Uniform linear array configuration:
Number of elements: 12
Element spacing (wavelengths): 1
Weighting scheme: blackman
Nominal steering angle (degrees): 60
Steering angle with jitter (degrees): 61.899
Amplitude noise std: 0.05
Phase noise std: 0.05

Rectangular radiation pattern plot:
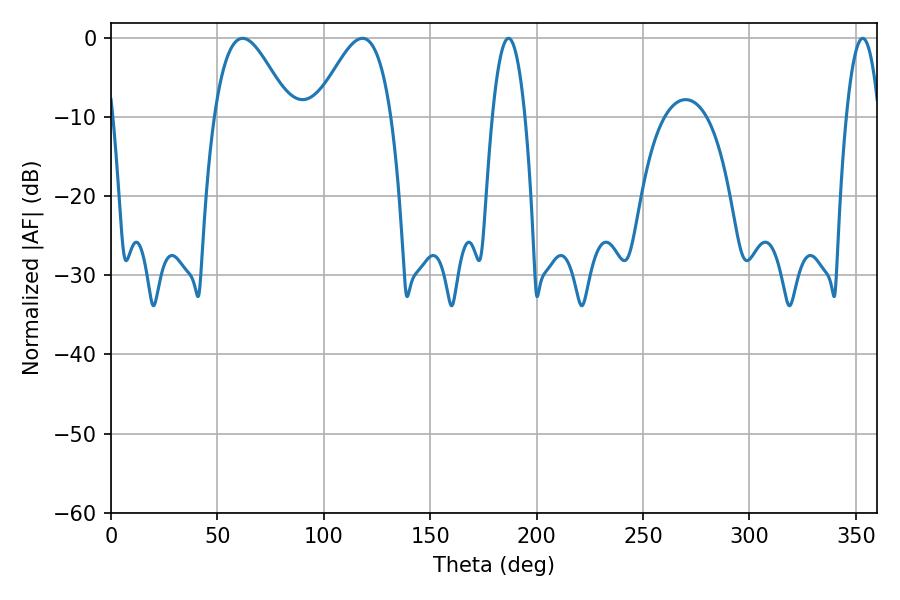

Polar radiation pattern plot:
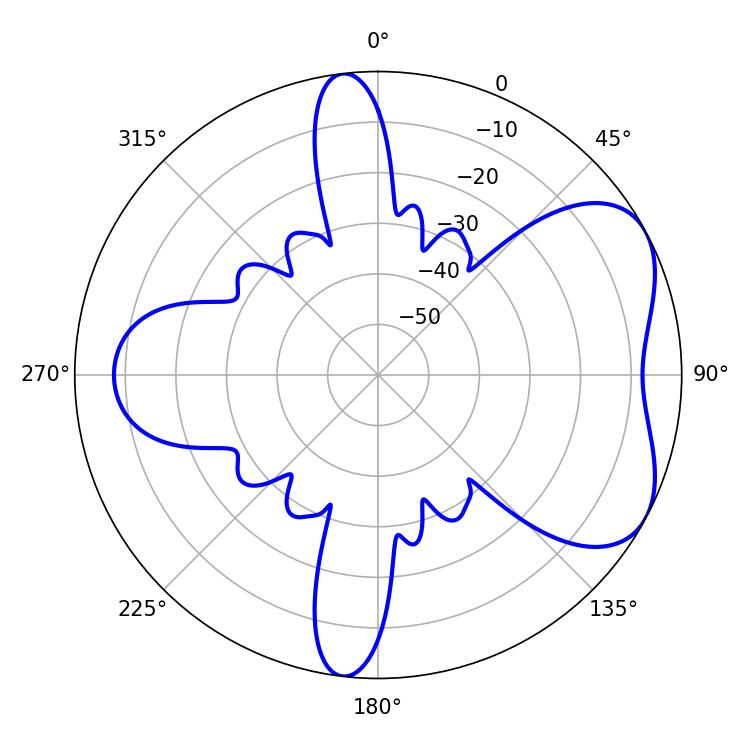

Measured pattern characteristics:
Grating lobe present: TRUE
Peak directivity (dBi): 5.435
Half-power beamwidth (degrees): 19.08
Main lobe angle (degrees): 61.92